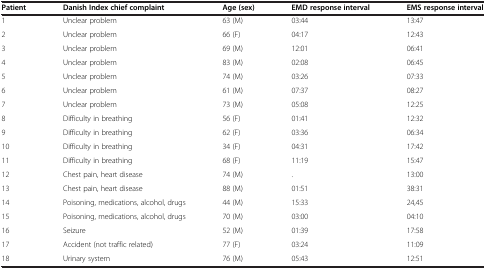
<table><thead><tr><td><b>Patient</b></td><td><b>Danish Index chief complaint</b></td><td><b>Age (sex)</b></td><td><b>EMD response interval</b></td><td><b>EMS response interval</b></td></tr></thead><tbody><tr><td>1</td><td>Unclear problem</td><td>63 (M)</td><td>03:44</td><td>13:47</td></tr><tr><td>2</td><td>Unclear problem</td><td>66 (F)</td><td>04:17</td><td>12:43</td></tr><tr><td>3</td><td>Unclear problem</td><td>69 (M)</td><td>12:01</td><td>06:41</td></tr><tr><td>4</td><td>Unclear problem</td><td>83 (M)</td><td>02:08</td><td>06:45</td></tr><tr><td>5</td><td>Unclear problem</td><td>74 (M)</td><td>03:26</td><td>07:33</td></tr><tr><td>6</td><td>Unclear problem</td><td>61 (M)</td><td>07:37</td><td>08:27</td></tr><tr><td>7</td><td>Unclear problem</td><td>73 (M)</td><td>05:08</td><td>12:25</td></tr><tr><td>8</td><td>Difficulty in breathing</td><td>56 (F)</td><td>01:41</td><td>12:32</td></tr><tr><td>9</td><td>Difficulty in breathing</td><td>62 (F)</td><td>03:36</td><td>06:34</td></tr><tr><td>10</td><td>Difficulty in breathing</td><td>34 (F)</td><td>04:31</td><td>17:42</td></tr><tr><td>11</td><td>Difficulty in breathing</td><td>68 (F)</td><td>11:19</td><td>15:47</td></tr><tr><td>12</td><td>Chest pain, heart disease</td><td>74 (M)</td><td>.</td><td>13:00</td></tr><tr><td>13</td><td>Chest pain, heart disease</td><td>88 (M)</td><td>01:51</td><td>38:31</td></tr><tr><td>14</td><td>Poisoning, medications, alcohol, drugs</td><td>44 (M)</td><td>15:33</td><td>24,45</td></tr><tr><td>15</td><td>Poisoning, medications, alcohol, drugs</td><td>70 (M)</td><td>03:00</td><td>04:10</td></tr><tr><td>16</td><td>Seizure</td><td>52 (M)</td><td>01:39</td><td>17:58</td></tr><tr><td>17</td><td>Accident (not traffic related)</td><td>77 (F)</td><td>03:24</td><td>11:09</td></tr><tr><td>18</td><td>Urinary system</td><td>76 (M)</td><td>05:43</td><td>12:51</td></tr></tbody></table>